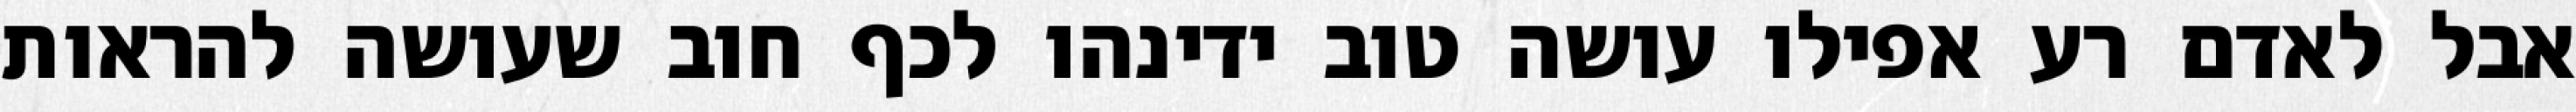
אבל לאדם רע אפילו עושה טוב ידינהו לכף חוב שעושה להראות